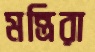
মন্ত্রিরা